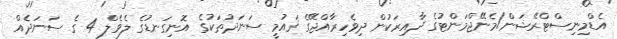
އެޑްމިނިސްޓްރޭޝަން/މެނޭޖްމަންޓުގެ ދާއިރަކުން ދިވެހިރާއްޖޭގެ ޤައުމީ ސަނަދުތަކުގެ އޮނިގަނޑުގެ ލެވެލް 4 ގެ ސަނަދެއް